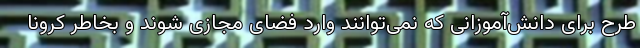
طرح برای دانش‌آموزانی که نمی‌توانند وارد فضای مجازی شوند و بخاطر کرونا